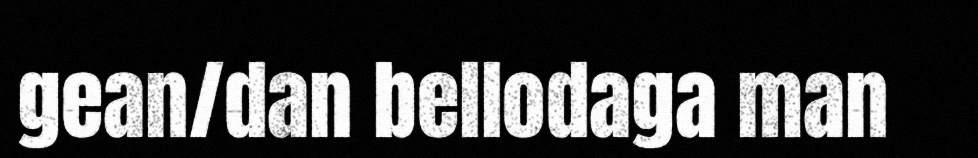
gean/dan bellodaga man